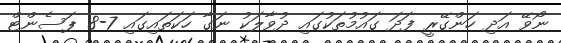
ނޯވޭ އަދި ހަންގޭރީ ފަދަ ގައުމުތަކުގައި ދުވާލަކު ނަގާ ހަކަތައިގައި 7-8 ޕަސެންޓް